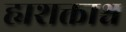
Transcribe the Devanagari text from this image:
ह्यशक्ताश्च